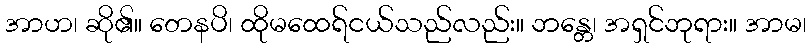
အာဟ၊ ဆို၏။ တေနပိ၊ ထိုမထေရ်ငယ်သည်လည်း။ ဘန္တေ၊ အရှင်ဘုရား။ အာမ၊